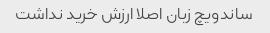
ساندویچ زبان اصلا ارزش خرید نداشت